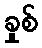
ခှုစ်